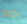
كيو